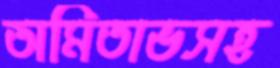
অমিতাভসহ